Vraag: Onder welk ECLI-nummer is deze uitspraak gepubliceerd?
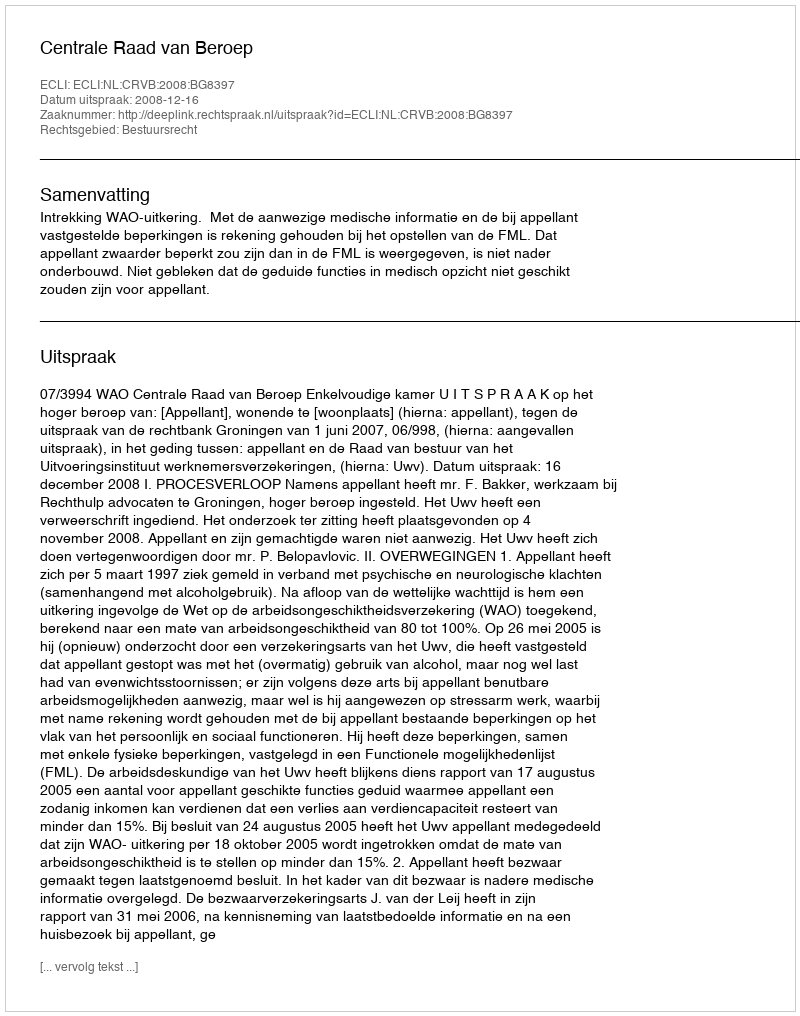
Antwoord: ECLI:NL:CRVB:2008:BG8397